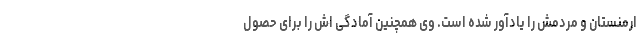
ارمنستان و مردمش را یادآور شده است. وی همچنین آمادگی اش را برای حصول